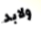
ولابد